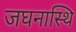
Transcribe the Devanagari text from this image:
जघनास्थि